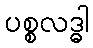
ပစ္စလဒ္ဓါ